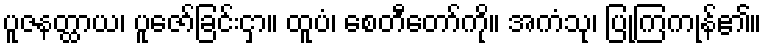
ပူဇနတ္ထာယ၊ ပူဇော်ခြင်းငှာ။ ထူပံ၊ စေတီတော်ကို။ အကံသု၊ ပြုကြကုန်၏။